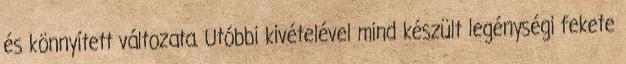
és könnyített változata. Utóbbi kivételével mind készült legénységi fekete